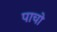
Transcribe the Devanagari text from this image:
पाचो